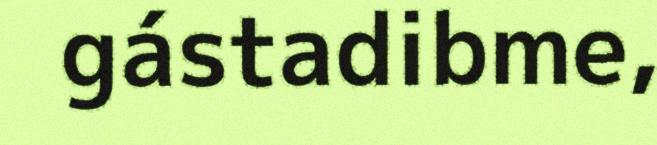
gástadibme,